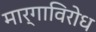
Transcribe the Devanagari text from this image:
मार्गाविरोध